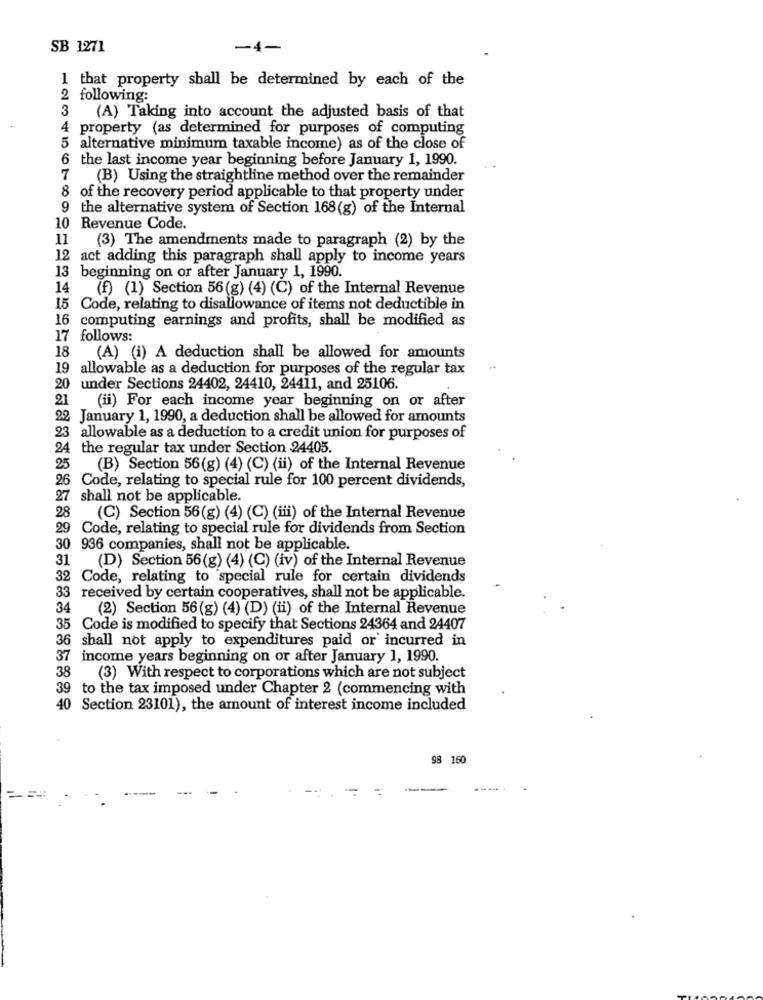
SB 1271
-4-
1 that property shall be determined by each of the
2 following:
3
(A) Taking into account the adjusted basis of that
4 property (as determined for purposes of computing
5 alternative minimum taxable income) as of the close of
6 the last income year beginning before January 1, 1990.
7
(B) Using the straightline method over the remainder
8 of the recovery period applicable to that property under
9 the alternative system of Section 168(g) of the Internal
10 Revenue Code.
11
(3) The amendments made to paragraph (2) by the
12 act adding this paragraph shall apply to income years
13 beginning on or after January 1, 1990.
14
(f) (1) Section 56(g) (4) (C) of the Internal Revenue
15 Code, relating to disallowance of items not deductible in
16
computing earnings and profits, shall be modified as
17 follows:
18
(A) (i) A deduction shall be allowed for amounts
19 allowable as a deduction for purposes of the regular tax
under Sections 24402, 24410, 24411, and 25106.
21
(ii) For each income year beginning on or after
22 January 1, 1990, a deduction shall be allowed for amounts
23 allowable as a deduction to a credit union for purposes of
24 the regular tax under Section 24405.
25
(B) Section 56(g) (4) (C) (ii) of the Internal Revenue
26 Code, relating to special rule for 100 percent dividends,
27 shall not be applicable.
28 (C) Section 56(g) (4) (C) (iii) of the Internal Revenue
29
Code, relating to special rule for dividends from Section
30 936 companies, shall not be applicable.
31 (D) Section 56(g) (4) (C) (iv) of the Internal Revenue
32 Code, relating to special rule for certain dividends
33 received by certain cooperatives, shall not be applicable.
34
(2) Section 56(g) (4) (D) (ii) of the Internal Revenue
35
Code is modified to specify that Sections 24364 and 24407
6 shall not apply to expenditures paid or' incurred in
37 income years beginning on or after January 1, 1990.
38
(3) With respect to corporations which are not subject
9 to the tax imposed under Chapter 2 (commencing with
40 Section 23101), the amount of interest income included
98 160